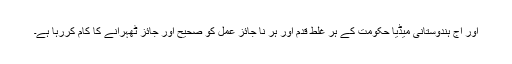
اور آج ہندوستانی میڈیا حکومت کے ہر غلط قدم اور ہر نا جائز عمل کو صحیح اور جائز ٹھہرانے کا کام کررہا ہے۔